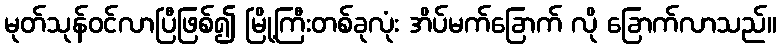
မုတ်သုန်ဝင်လာပြီဖြစ်၍ မြို့ကြီးတစ်ခုလုံး အိပ်မက်ခြောက် လို ခြောက်လာသည်။